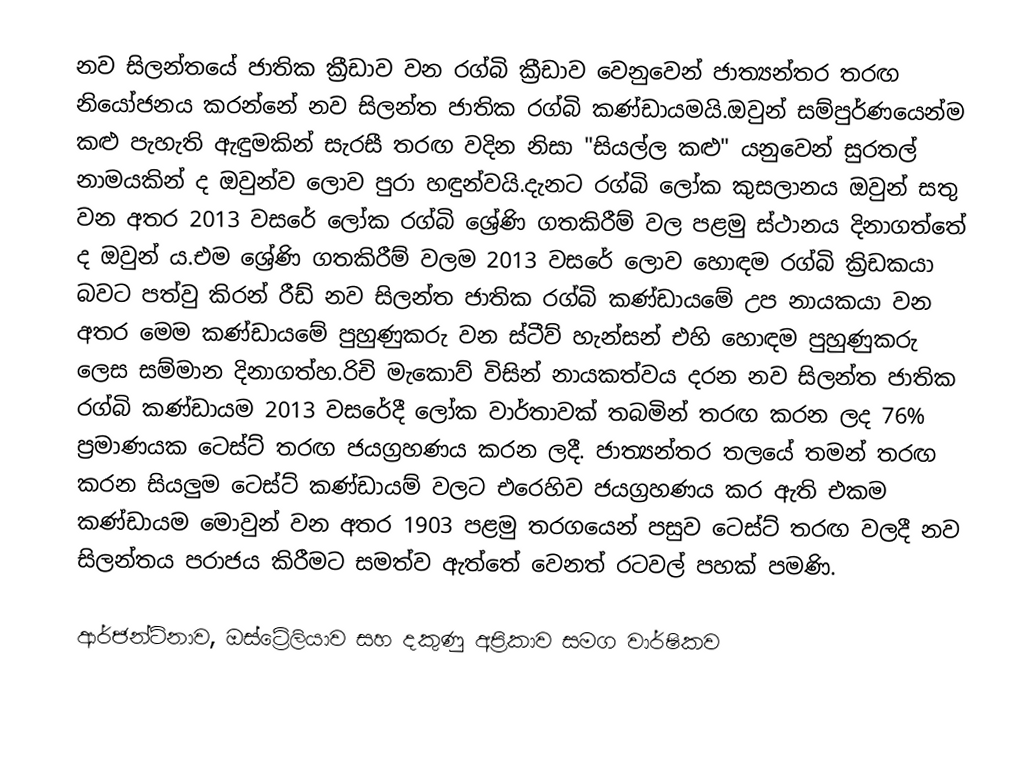
නව සිලන්තයේ ජාතික ක්‍රීඩාව වන රග්බි ක්‍රීඩාව වෙනුවෙන් ජාත්‍යන්තර තරඟ නියෝජනය කරන්නේ  නව සිලන්ත ජාතික රග්බි කණ්ඩායමයි.ඔවුන් සම්පුර්ණයෙන්ම කළු පැහැති ඇඳුමකින් සැරසී තරඟ  වදින නිසා "සියල්ල කළු" යනුවෙන් සුරතල් නාමයකින් ද ඔවුන්ව ලොව පුරා හඳුන්වයි.දැනට රග්බි ලෝක කුසලානය ඔවුන් සතු වන අතර 2013 වසරේ ලෝක රග්බි ශ්‍රේණි ගතකිරීම් වල පළමු ස්ථානය දිනාගත්තේ ද ඔවුන් ය.එම ශ්‍රේණි ගතකිරීම් වලම 2013 වසරේ ලොව හොඳම රග්බි ක්‍රිඩකයා බවට පත්වු කිරන් රීඩ් නව සිලන්ත ජාතික රග්බි කණ්ඩායමේ උප නායකයා වන අතර මෙම කණ්ඩායමේ පුහුණුකරු වන ස්ටීව් හැන්සන් එහි හොඳම පුහුණුකරු ලෙස සම්මාන දිනාගත්හ.රිචි මැකොව් විසින් නායකත්වය දරන  නව සිලන්ත ජාතික රග්බි කණ්ඩායම 2013 වසරේදී ලෝක වාර්තාවක් තබමින් තරඟ කරන ලද 76% ප්‍රමාණයක ටෙස්ට් තරඟ ජයග්‍රහණය කරන ලදී. ජාත්‍යන්තර තලයේ තමන් තරඟ කරන සියලුම ටෙස්ට් කණ්ඩායම් වලට එරෙහිව ජයග්‍රහණය කර ඇති එකම කණ්ඩායම මොවුන් වන අතර 1903 පළමු තරගයෙන් පසුව ටෙස්ට් තරඟ වලදී නව සිලන්තය පරාජය කිරීමට සමත්ව ඇත්තේ වෙනත් රටවල් පහක් පමණි.

ආර්ජන්ටිනාව, ඔස්ට්‍රේලියාව සහ දකුණු අප්‍රිකාව සමග වාර්ෂිකව